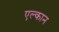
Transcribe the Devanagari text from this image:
एल्कान